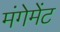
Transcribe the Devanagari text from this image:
मंगेमेंट